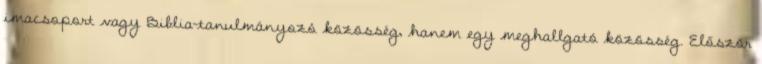
imacsoport vagy Biblia-tanulmányozó közösség, hanem egy meghallgató közösség. Először